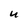
Character: U